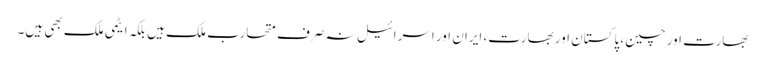
بھارت اور چین، پاکستان اور بھارت، ایران اور اسرائیل نہ صرف متحارب ملک ہیں بلکہ ایٹمی ملک بھی ہیں۔